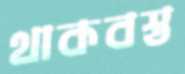
থাকবস্ত